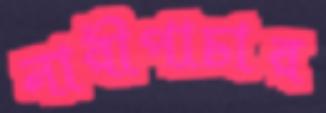
নারীপাচার